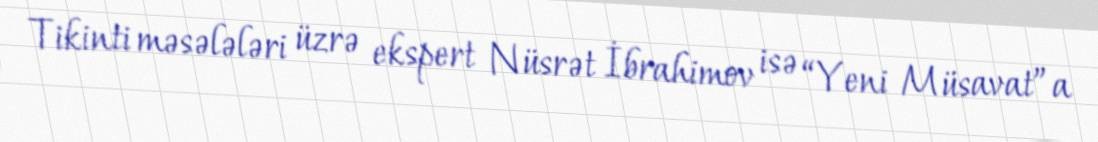
Tikinti məsələləri üzrə ekspert Nüsrət İbrahimov isə “Yeni Müsavat”a